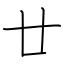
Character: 廿